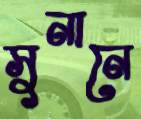
সুনানে